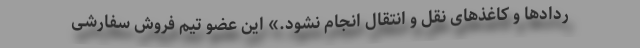
ردادها و کاغذهای نقل و انتقال انجام نشود.» این عضو تیم فروش سفارشی